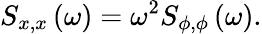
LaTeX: S_{x,x}\left(\omega\right)=\omega^{2}S_{\phi,\phi}\left(\omega\right).